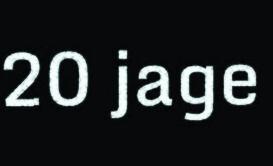
20 jage